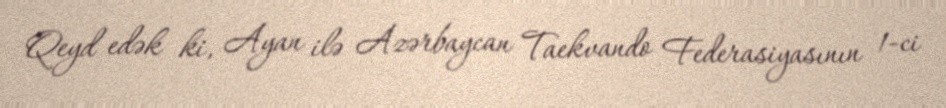
Qeyd edək ki, Ayan ilə Azərbaycan Taekvando Federasiyasının 1-ci